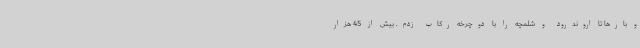
و بارها تا اروندرود و شلمچه را با دوچرخه رکاب زدم. بیش از 45 هزار